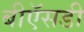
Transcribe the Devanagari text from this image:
बीऍसडी